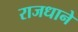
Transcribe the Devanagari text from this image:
राजधाने